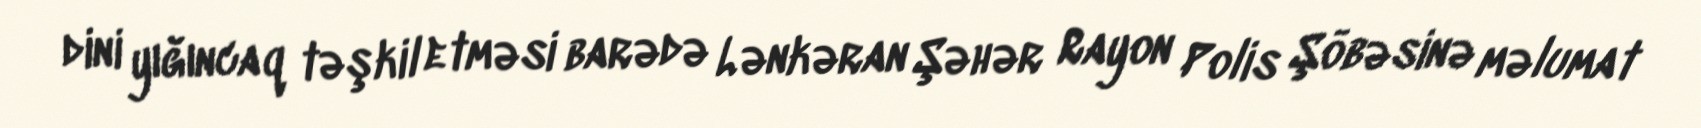
dini yığıncaq təşkil etməsi barədə Lənkəran Şəhər Rayon Polis Şöbəsinə məlumat